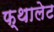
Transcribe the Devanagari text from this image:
फ्थालेट